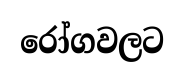
රෝගවලට